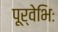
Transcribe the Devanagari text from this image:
पूर्वेभिः